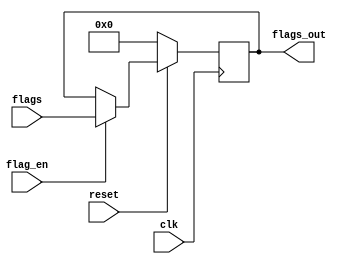

module flags(input clk,
				 input reset, 
				 input [4:0] flags,
				 input flag_en, 
				 output reg [4:0] flags_out);

				 
always @(posedge clk)begin
		if(reset == 0)begin
				flags_out <= 0;
		end else begin
					if(flag_en)begin
						flags_out <= flags;
					end else begin
						flags_out <= flags_out;
					end
		end 
end 				 
endmodule